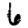
Digit: 6